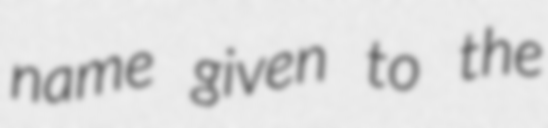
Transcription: name given to the